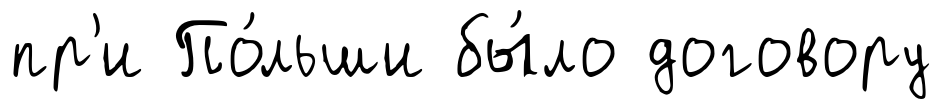
пр'и По́льши бы́ло договору